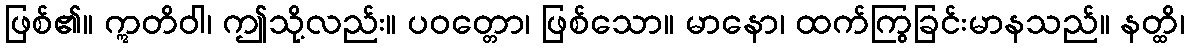
ဖြစ်၏။ ဣတိဝါ၊ ဤသို့လည်း။ ပဝတ္တော၊ ဖြစ်သော။ မာနော၊ ထက်ကြွခြင်းမာနသည်။ နတ္ထိ၊